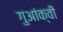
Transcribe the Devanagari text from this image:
गुआंक्वी